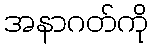
အနာဂတ်ကို